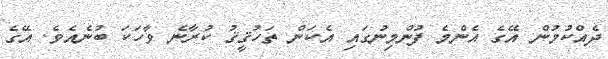
ދެއްކުމުން އޭގެ އެންމެ ފުންމިނުގައި އެކަން ތަހުޤީޤު ކުރާނެ ވާހަކަ ބުނެއެވެ. އޭގެ